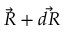
{ \vec { R } } + { \vec { d R } }